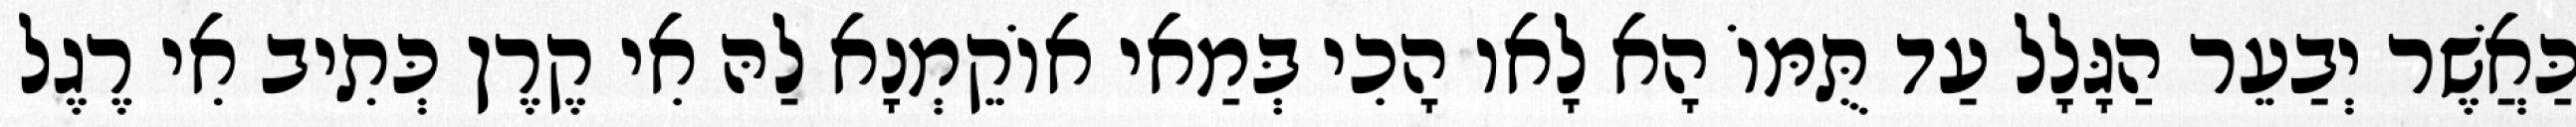
כַּאֲשֶׁר יְבַעֵר הַגָּלָל עַד תֻּמּוֹ הָא לָאו הָכִי בְּמַאי אוֹקֵמְנָא לַהּ אִי קֶרֶן כְּתִיב אִי רֶגֶל